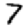
Digit: 7